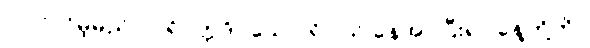
ပါဝင်လိမ့်မည်၊) ပရိဝုတ္တဒိဝသေ ပရိဝါသ် နေအပ်ပြီးရာ နေ့တို့ကို။